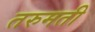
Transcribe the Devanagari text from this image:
तरुमती